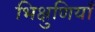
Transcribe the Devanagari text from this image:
भिक्षुणियाँ